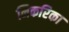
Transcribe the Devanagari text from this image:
निकरिका